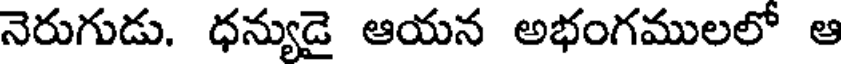
నెరుగుడు. ధన్యుడై ఆయన అభంగములలో ఆ